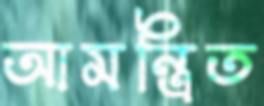
আমন্ত্রিত